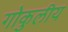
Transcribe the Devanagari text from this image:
गोकुलीय